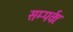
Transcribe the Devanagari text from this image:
सम्पर्कः